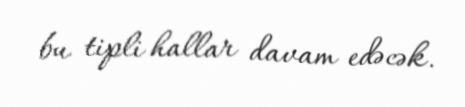
bu tipli hallar davam edəcək.